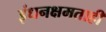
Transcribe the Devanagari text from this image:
इंधनक्षमताही